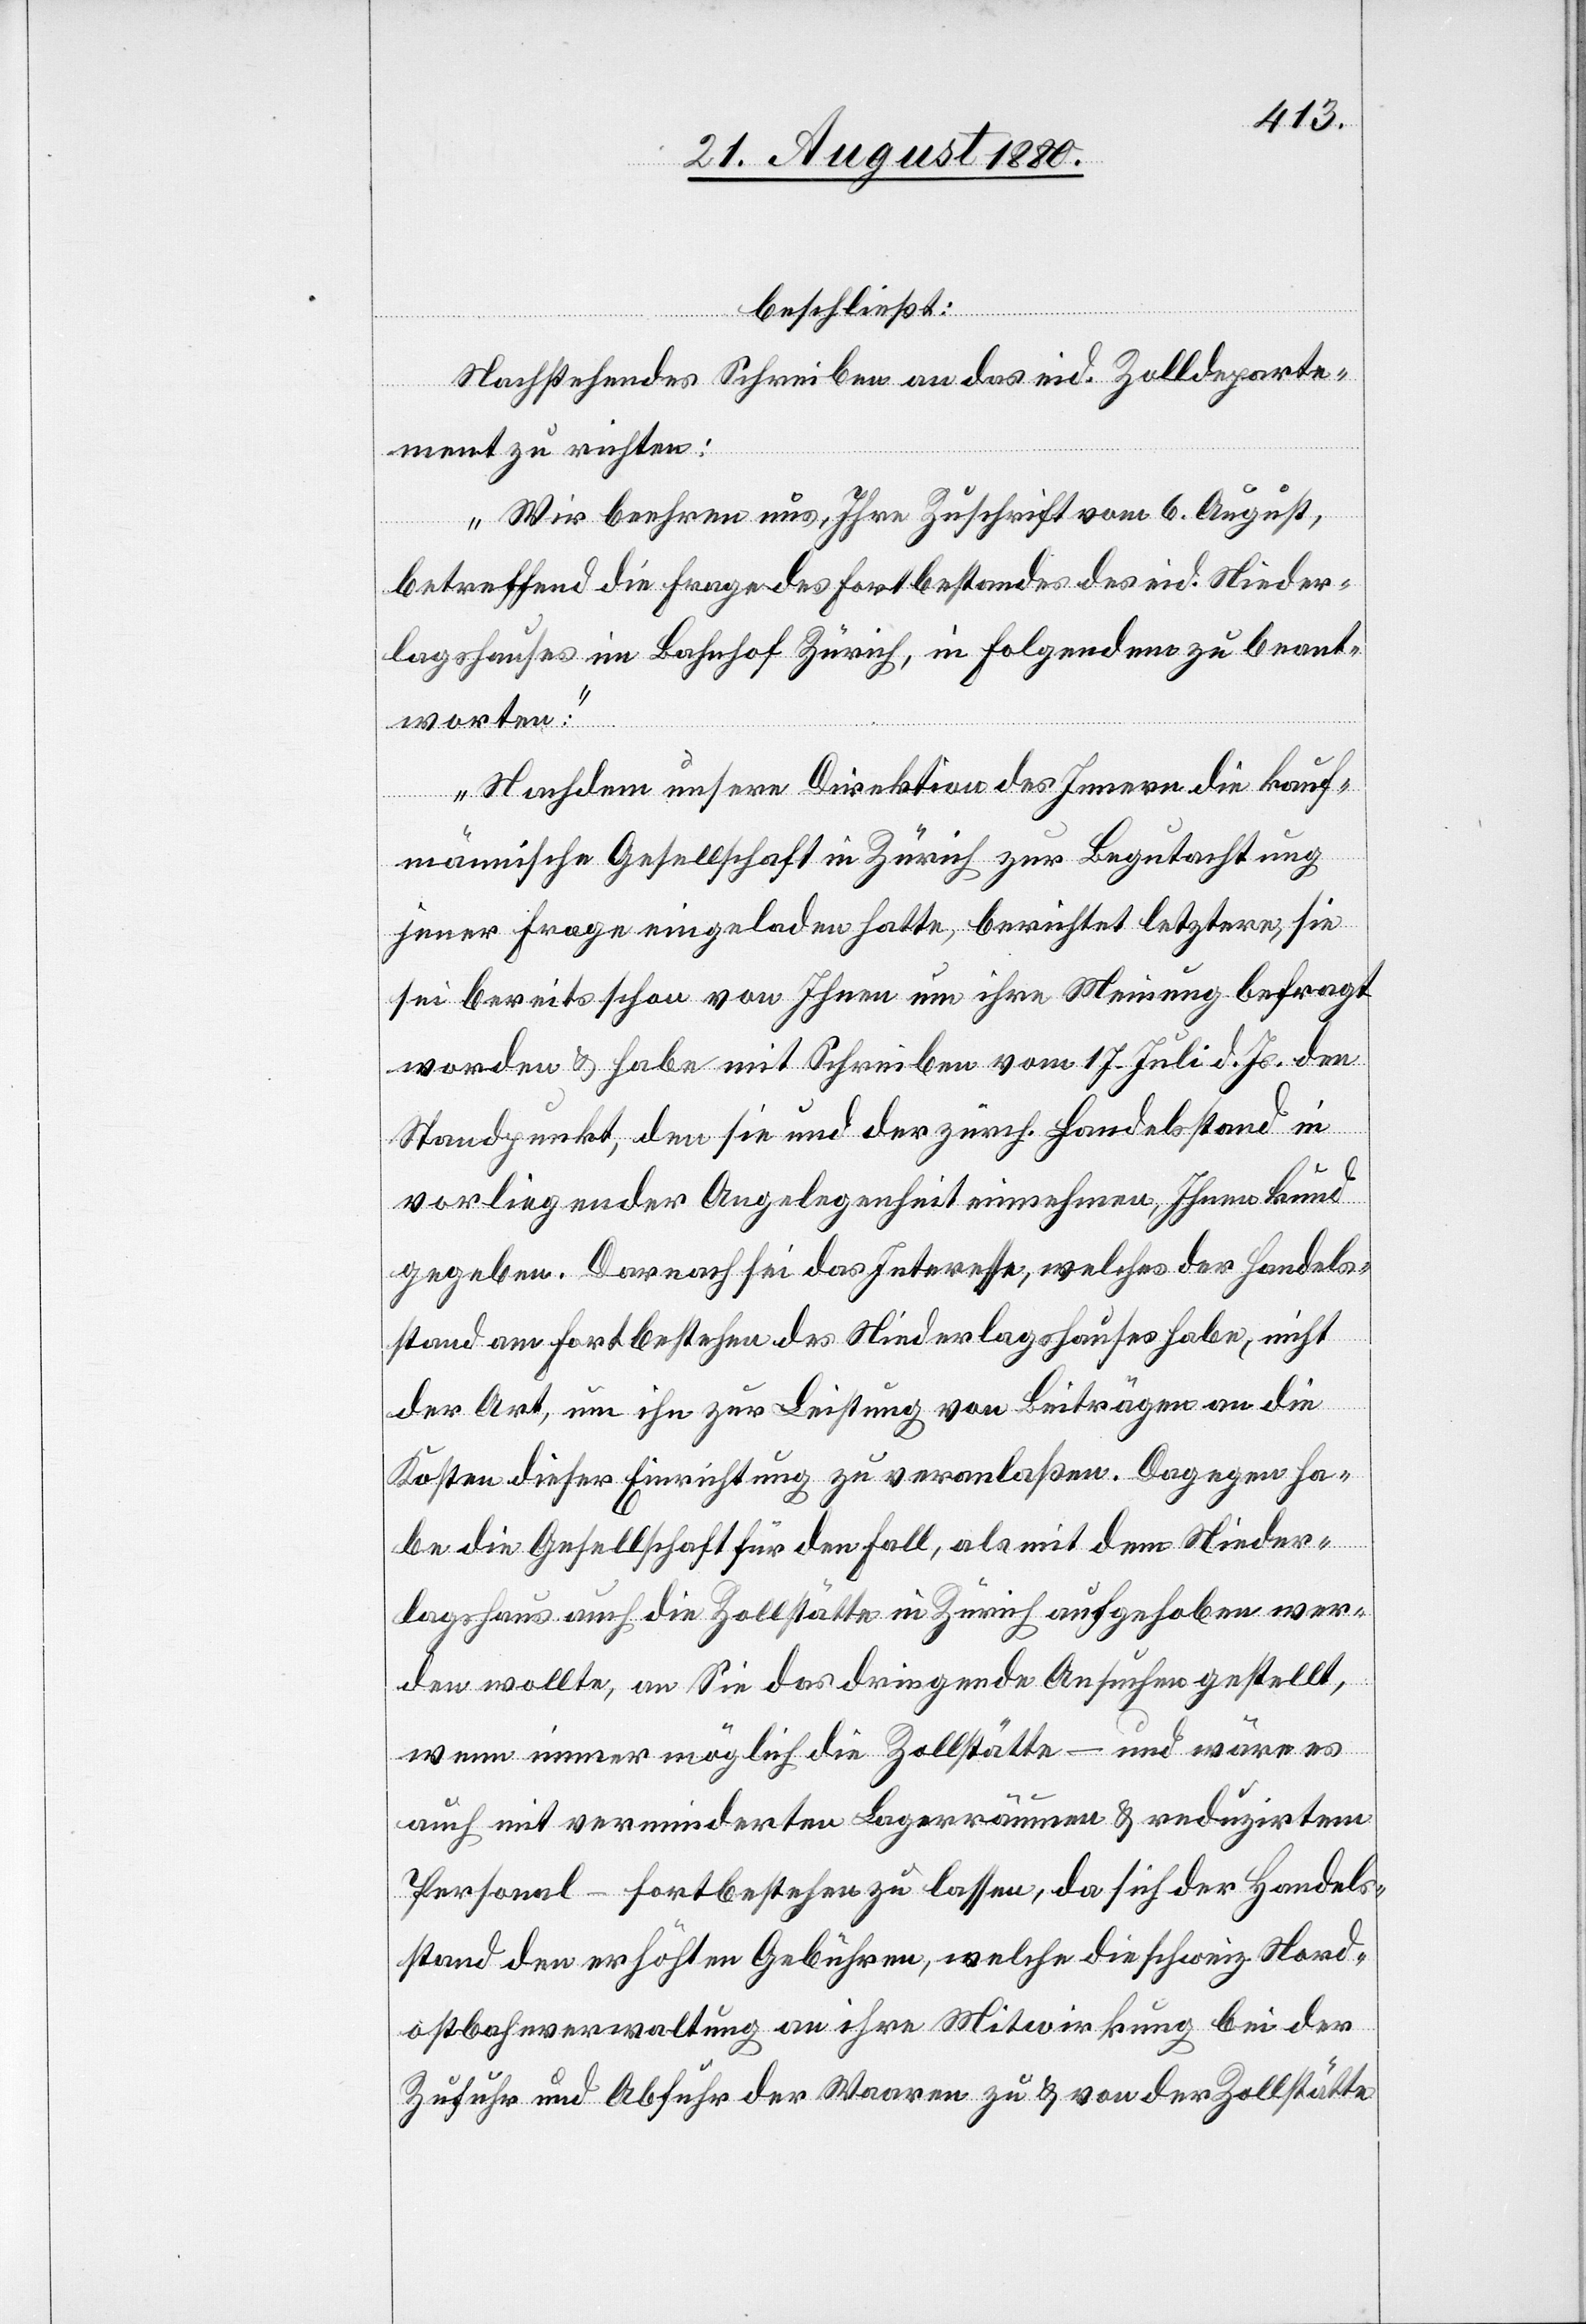
beschließt:
Nachstehendes Schreiben an das eid. Zolldeparte¬
ment zu richten:
„Wir beehren uns, Ihre Zuschrift vom 6. August,
betreffend die Frage des Fortbestandes des eid. Nieder¬
lagshauses im Bahnhof Zürich, in Folgendem zu beant¬
worten:
Nachdem unsere Direktion des Innern die kauf¬
männische Gesellschaft in Zürich zur Begutachtung
jener Frage eingeladen hatte, berichtet letzere, sie
sei bereits schon von Ihnen um ihre Meinung befragt
worden & habe mit Schreiben vom 17. Juli d. Js. den
Standpunkt, den sie und der zürch. Handelsstand in
vorliegender Angelegenheit einnehmen, Ihnen kund
gegeben. Darnach sei das Interesse, welches der Handels¬
stand am Fortbestehen des Niederlagshauses habe, nicht
der Art, um ihn zur Leistung von Beiträgen an die
Kosten dieser Einrichtung zu veranlaßen. Dagegen ha¬
be die Gesellschaft für den Fall, als mit dem Nieder¬
lagshaus auch die Zollstätte in Zürich aufgehoben wer¬
den wollte, an Sie das dringende Ansuchen gestellt,
wenn immer möglich die Zollstätte – und wäre es
auch mit verminderten Lagerräumen & reduzirtem
Personal – fortbestehen zu lassen, da sich der Handel¬
stand den erhöhten Gebühren, welche die schweiz. Nord¬
ostbahnverwaltung an ihre Mitwirkung bei der
Zufuhr und Abfuhr der Waaren zu & von der Zollstätte